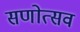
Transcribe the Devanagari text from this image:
सणोत्सव